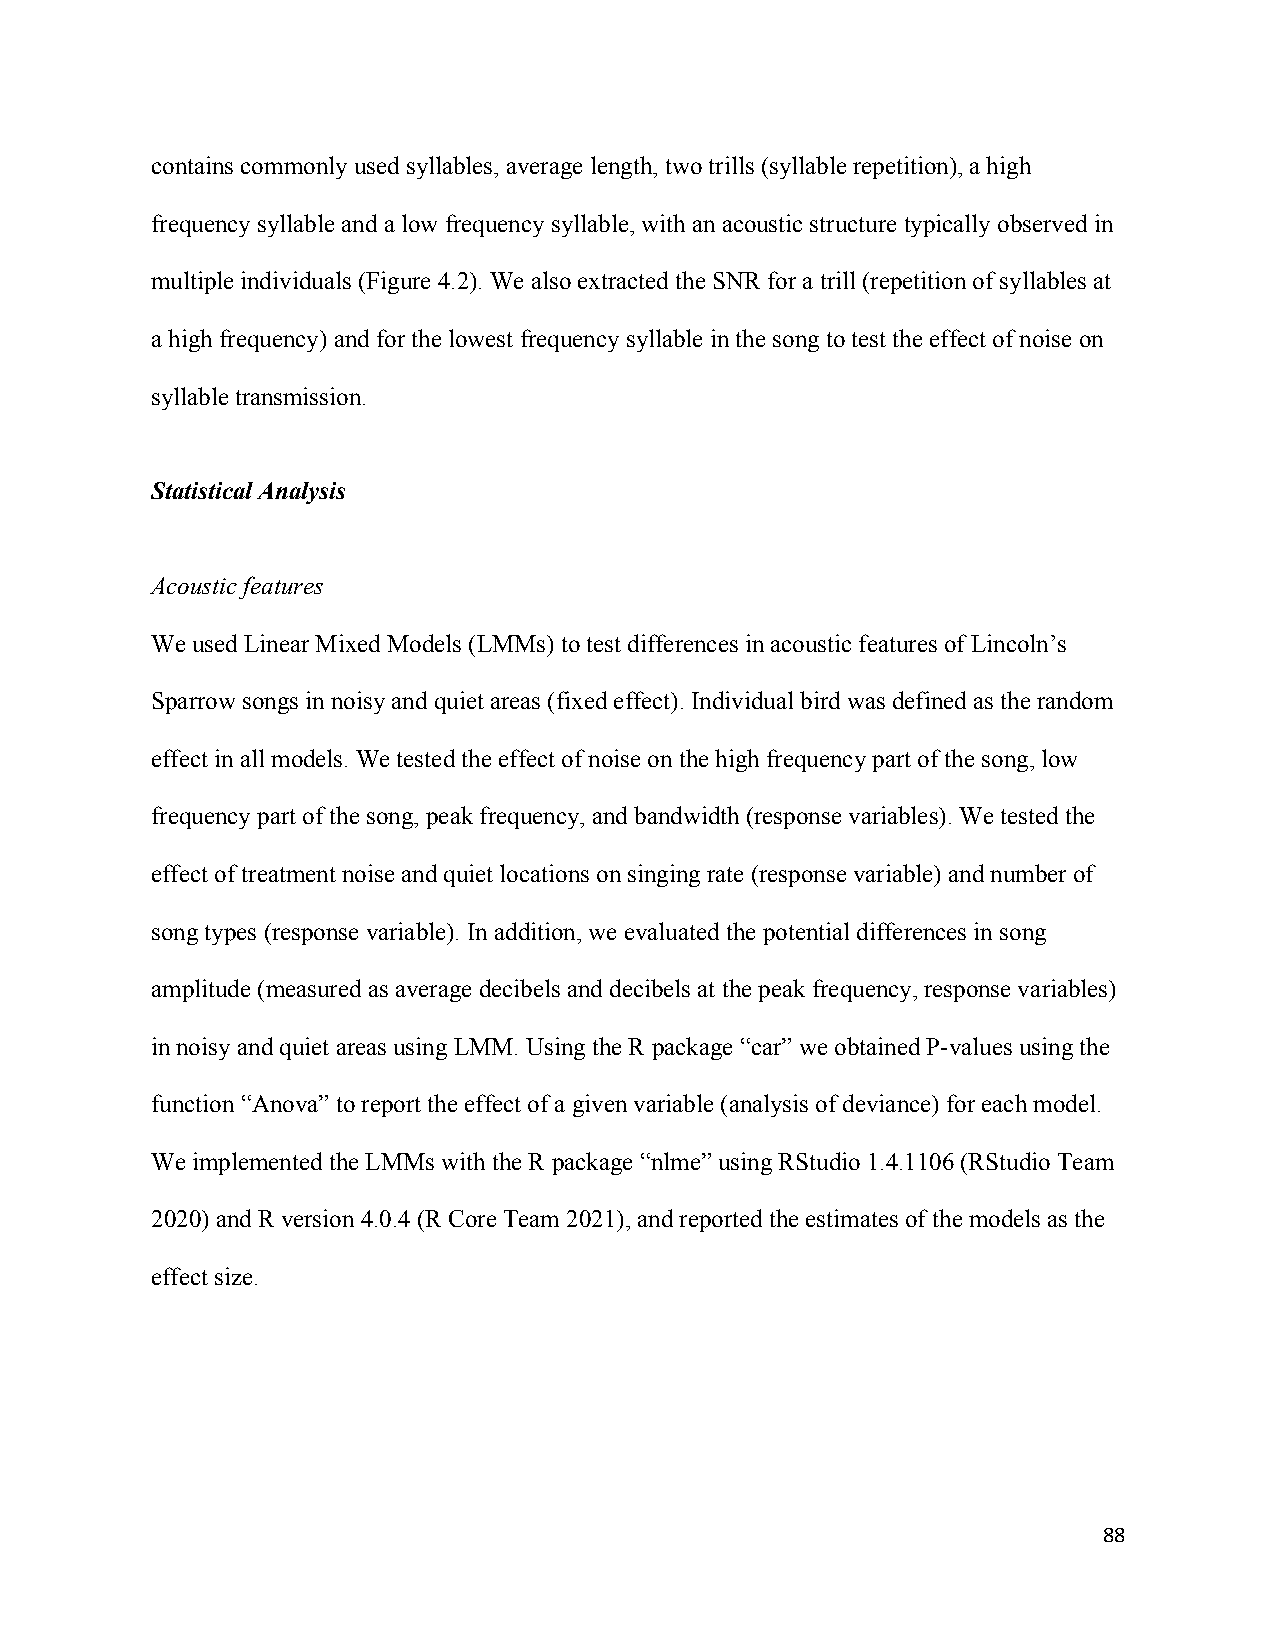
contains commonly used syllables, average length, two trills (syllable repetition), a high
 frequency syllable and a low frequency syllable, with an acoustic structure typically observed in
 multiple individuals (Figure 4.2). We also extracted the SNR for a trill (repetition of syllables at
 a high frequency) and for the lowest frequency syllable in the song to test the effect of noise on
 syllable transmission.
 Statistical Analysis
 Acoustic features
 We used Linear Mixed Models (LMMs) to test differences in acoustic features of Lincoln’s
 Sparrow songs in noisy and quiet areas (fixed effect). Individual bird was defined as the random
 effect in all models. We tested the effect of noise on the high frequency part of the song, low
 frequency part of the song, peak frequency, and bandwidth (response variables). We tested the
 effect of treatment noise and quiet locations on singing rate (response variable) and number of
 song types (response variable). In addition, we evaluated the potential differences in song
 amplitude (measured as average decibels and decibels at the peak frequency, response variables)
 in noisy and quiet areas using LMM. Using the R package “car” we obtained P-values using the
 function “Anova” to report the effect of a given variable (analysis of deviance) for each model.
 We implemented the LMMs with the R package “nlme” using RStudio 1.4.1106 (RStudio Team
 2020) and R version 4.0.4 (R Core Team 2021), and reported the estimates of the models as the
 effect size.
 88